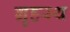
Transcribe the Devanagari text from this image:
ग्रृहस्थ